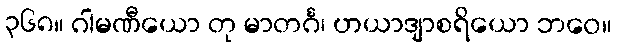
၃၆၈။ ဂါမဏီယော တု မာတင်္ဂ၊ ဟယာဒျာစရိယော ဘဝေ။